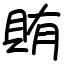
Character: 賄